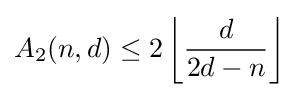
A_{2}(n,d)\leq 2\left\lfloor {\frac {d}{2d-n}}\right\rfloor